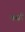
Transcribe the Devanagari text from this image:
क्यॉ